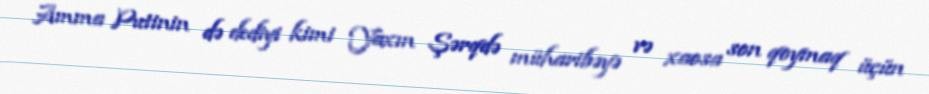
Amma Putinin də dediyi kimi Yaxın Şərqdə müharibəyə və xaosa son qoymaq üçün